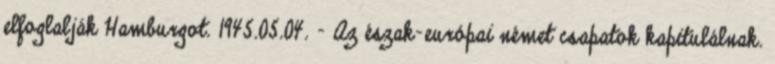
elfoglalják Hamburgot. 1945.05.04. - Az észak-európai német csapatok kapitulálnak.